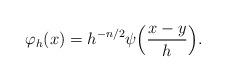
LaTeX: \begin{align*}\varphi_{h}(x)=h^{-n/2}\psi\Big(\frac{x-y}{h}\Big).\end{align*}